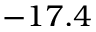
- 1 7 . 4